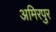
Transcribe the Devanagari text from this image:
अमिरपुर